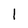
Character: l